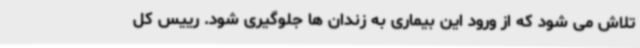
تلاش می شود که از ورود این بیماری به زندان ها جلوگیری شود. رییس کل